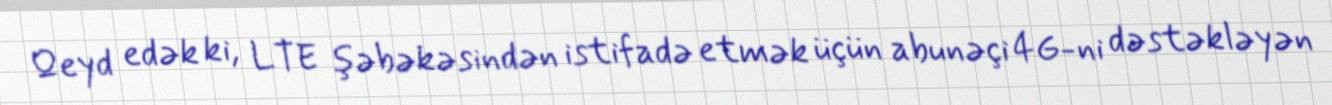
Qeyd edək ki, LTE şəbəkəsindən istifadə etmək üçün abunəçi 4G-ni dəstəkləyən